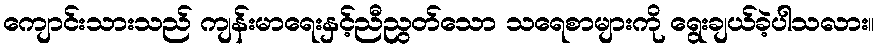
ကျောင်းသားသည် ကျန်းမာရေးနှင့်ညီညွတ်သော သရေစာများကို ရွေးချယ်ခဲ့ပါသလား။